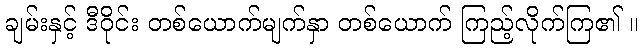
ချမ်းနှင့် ဒီဝိုင်း တစ်ယောက်မျက်နှာ တစ်ယောက် ကြည့်လိုက်ကြ၏ ။